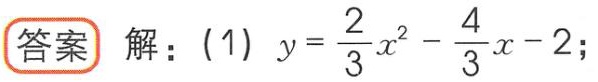
解：(1) \(y = \frac{2}{3}x^{2}-\frac{4}{3}x - 2\);